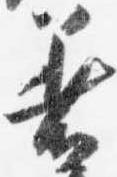
着